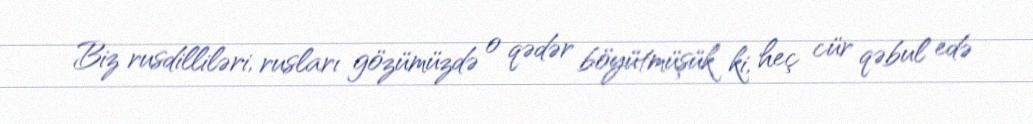
Biz rusdilliləri, rusları gözümüzdə o qədər böyütmüşük ki, heç cür qəbul edə